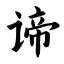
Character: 谛